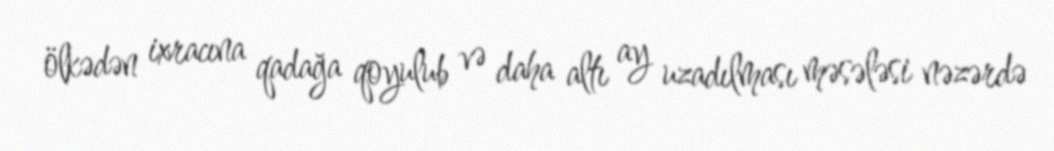
ölkədən ixracına qadağa qoyulub və daha altı ay uzadılması məsələsi nəzərdə